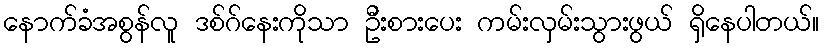
နောက်ခံအစွန်လူ ဒစ်ဂ်နေးကိုသာ ဦးစားပေး ကမ်းလှမ်းသွားဖွယ် ရှိနေပါတယ်။